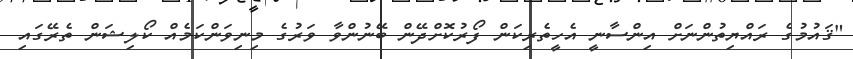
"ޤައުމުގެ ރައްޔިތުންނަށް އިންސާނީ އެހީތެރިކަން ފޯރުކޮށްދޭން ބޭނުންވާ ވަރުގެ މިނިވަންކަމެއް ކޯލިޝަން ތެރޭގައި